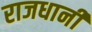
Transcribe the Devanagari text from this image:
राजधानीं